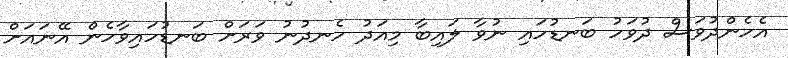
އެހެންދުވަސް ދުވަހު ބަނޑުހައި ނުވާ ލައިބާ މިއަދު ހެނދުނު ވަރަށް ބަނޑުހައިވާހެން އޭނައަށް